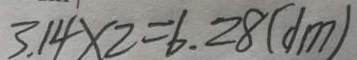
3 . 1 4 \times 2 = 6 . 2 8 ( d m )